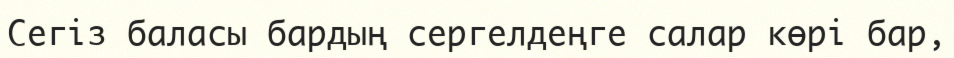
Сегіз баласы бардың сергелдеңге салар көрі бар,